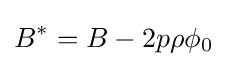
B^{*}=B-2p\rho \phi _{0}